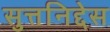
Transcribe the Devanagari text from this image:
सुत्तनिद्देस